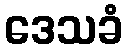
ဒေသခံ